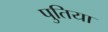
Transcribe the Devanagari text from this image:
पुतिया